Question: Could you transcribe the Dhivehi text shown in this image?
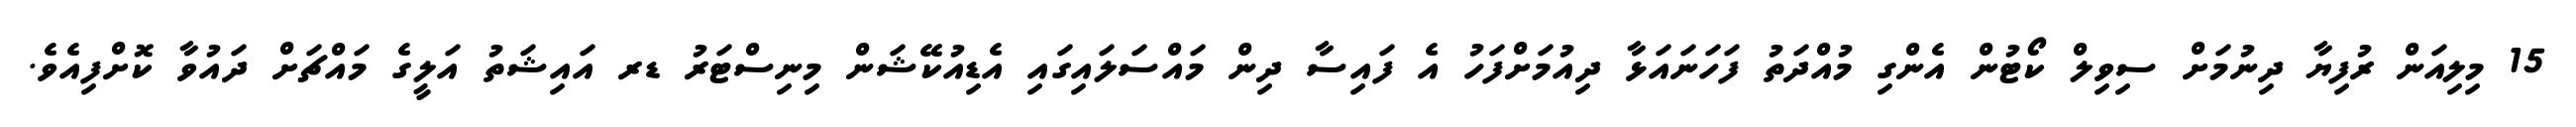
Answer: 15 މިލިއަން ރުފިޔާ ދިނުމަށް ސިވިލް ކޯޓުން އެންގި މުއްދަތު ފަހަނައަޅާ ދިއުމަށްފަހު އެ ފައިސާ ދިން މައްސަލައިގައި އެޑިއުކޭޝަން މިނިސްޓަރު ޑރ އައިޝަތު އަލީގެ މައްޗަށް ދައުވާ ކޮށްފިއެވެ.